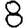
Digit: 8